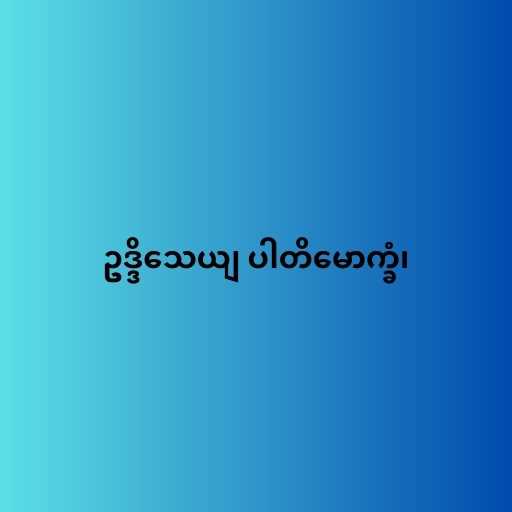
ဥဒ္ဒိသေယျ ပါတိမောက္ခံ၊